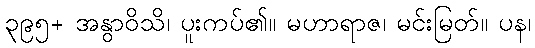
၃၉၅+ အနွာဝိသိ၊ ပူးကပ်၏။ မဟာရာဇ၊ မင်းမြတ်။ ပန၊